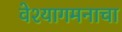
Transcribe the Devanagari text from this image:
वेश्यागमनाचा